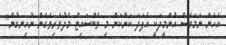
އެހެން ނަމަވެސް އުންމީދަކީ އެފަދަ ކަންކަން މި ވެބްސައިޓް މެދުވެރިވެގެން ނުހިނގުން"